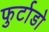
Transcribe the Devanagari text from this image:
फुर्टाडो